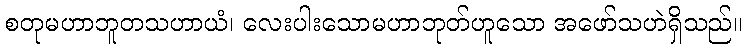
စတုမဟာဘူတသဟာယံ၊ လေးပါးသောမဟာဘုတ်ဟူသော အဖော်သဟဲရှိသည်။